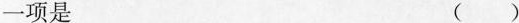
一项是 ()